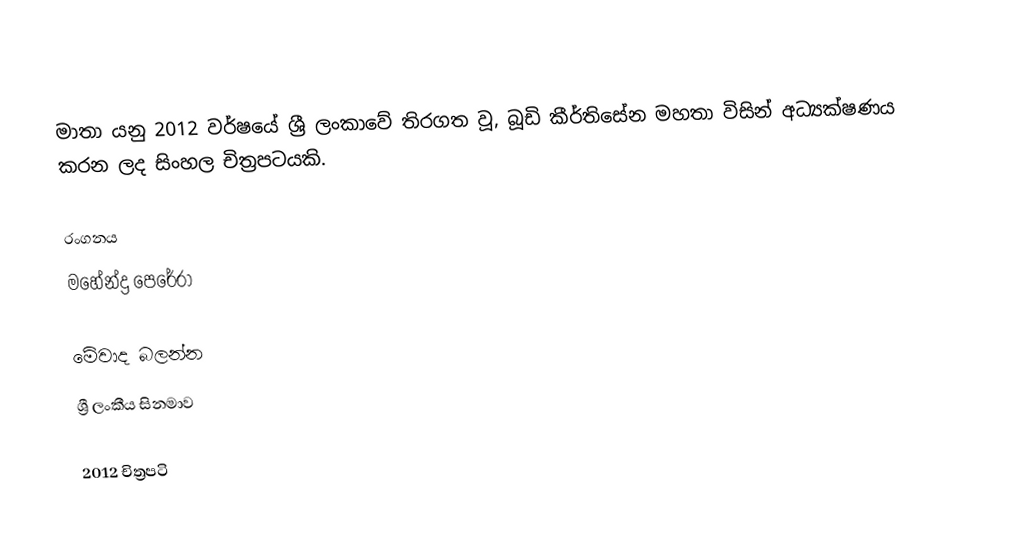
මාතා යනු 2012 වර්ෂයේ ශ්‍රී ලංකාවේ තිරගත වූ, බූඩි කීර්තිසේන මහතා විසින් අධ්‍යක්ෂණය කරන ලද සිංහල චිත්‍රපටයකි.

රංගනය
 මහේන්ද්‍ර පෙරේරා

මේවාද බලන්න
ශ්‍රී ලංකීය සිනමාව

2012 චිත්‍රපටි